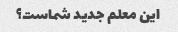
این معلم جدید شماست؟